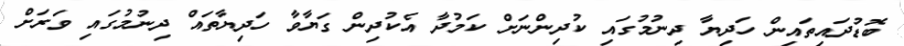
ބޮޑުދައިތައިން ހަދިޔާ ދިނުމުގައި ކުދިންނަށް ކަމުދާ އެކުދިން ގަޔާވާ ހަދިޔާތައް ދިނުމުގައި ވަރަށް